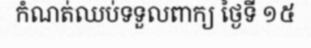
កំណត់ឈប់ទទួលពាក្យ ថ្ងៃទី ១៥